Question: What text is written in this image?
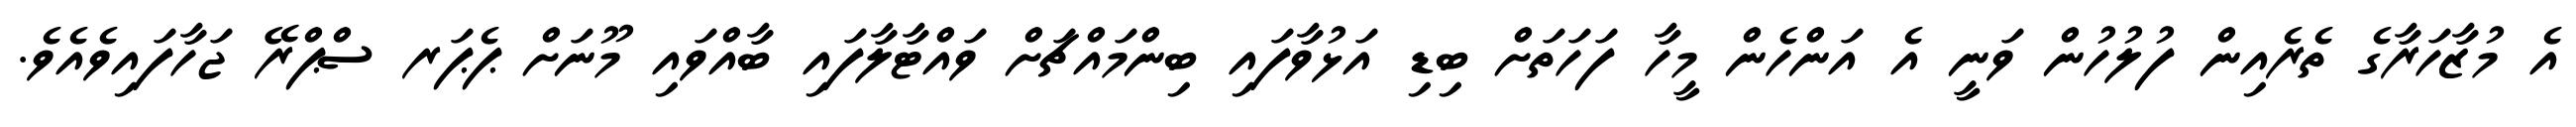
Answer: އެ މުޒާހަރާގެ ތެރެއިން ފުލުހުން ވަނީ އެ އަންހެން މީހާ ފަހަތަށް ބިޑި އަޅުވާފައި ބިންމައްޗަށް ވައްޓާލާފައި ބާއްވައި މޫނަށް ޕެޕަރ ސްޕްރޭ ޖަހާފައިވެއެވެ.